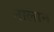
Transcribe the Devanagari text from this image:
नालान